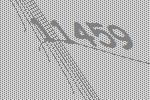
11459